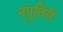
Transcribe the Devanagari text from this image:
न्ंपूतिरि